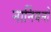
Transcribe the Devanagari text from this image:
नार्नियनों